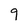
Character: 9